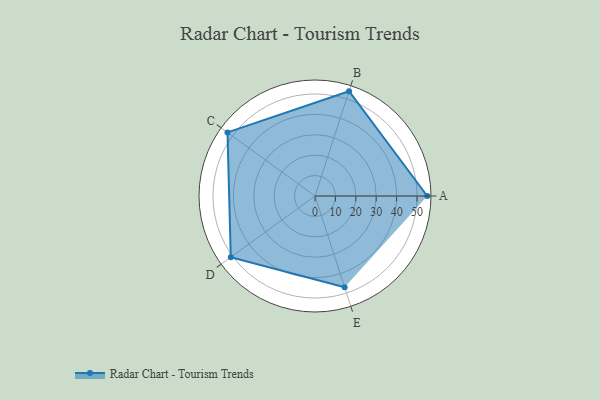
{"axis": {"x": "Skill", "y": "Score"}, "legend": ["Profile"], "data": [{"x": "A", "y": 55.0, "type": "Profile"}, {"x": "B", "y": 54.0, "type": "Profile"}, {"x": "C", "y": 53.0, "type": "Profile"}, {"x": "D", "y": 51.0, "type": "Profile"}, {"x": "E", "y": 47.0, "type": "Profile"}]}